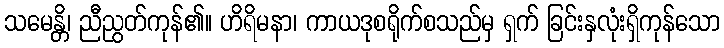
သမေန္တိ၊ ညီညွတ်ကုန်၏။ ဟိရိမနာ၊ ကာယဒုစရိုက်စသည်မှ ရှက် ခြင်းနှလုံးရှိကုန်သော